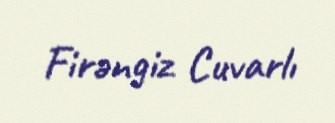
Firəngiz Cuvarlı